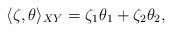
LaTeX: \begin{align*}\langle \zeta, \theta \rangle_{XY}= \zeta_1\theta_1+ \zeta_2\theta_2, \end{align*}